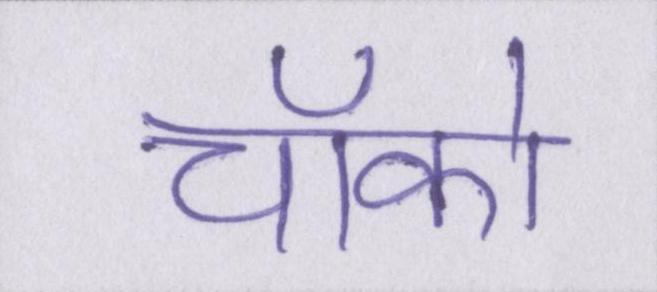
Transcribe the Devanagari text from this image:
चॉको